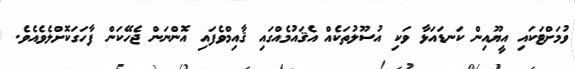
ވުމަށްޓަކައި އީޔޫއިން ކަނޑައަޅާ ވަކި އުސޫލުތަކެއް އެޤައުމެއްގައި ޤާއިމްވެފައި އޮންނަން ޖެހޭކަން ފާހަގަކޮށްލެވެއެވެ.